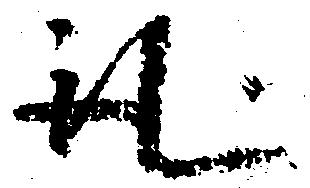
取